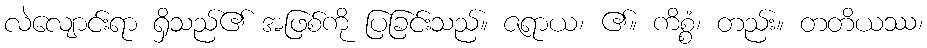
လဲလျောင်းရာ ရှိသည်၏ အဖြစ်ကို ပြခြင်းသည်။ ဇရာယ၊ ၏။ ကိစ္စံ၊ တည်း။ တတိယဿ၊